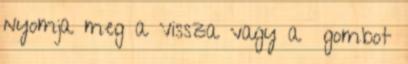
nyomja meg a Vissza vagy a gombot